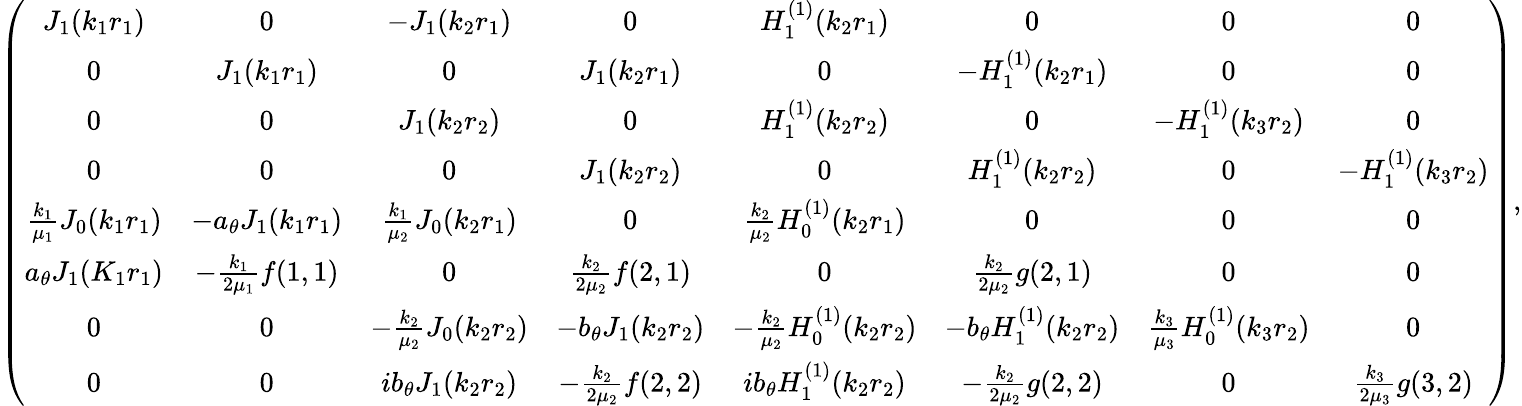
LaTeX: \left(\begin{array}{cccccccc}{J_{1}(k_{1}r_{1})}&{0}&{-J_{1}(k_{2}r_{1})}&{0}&{H_{1}^{(1)}(k_{2}r_{1})}&{0}&{0}&{0}\\ {0}&{J_{1}(k_{1}r_{1})}&{0}&{J_{1}(k_{2}r_{1})}&{0}&{-H_{1}^{(1)}(k_{2}r_{1})}&{0}&{0}\\ {0}&{0}&{J_{1}(k_{2}r_{2})}&{0}&{H_{1}^{(1)}(k_{2}r_{2})}&{0}&{-H_{1}^{(1)}(k_{3}r_{2})}&{0}\\ {0}&{0}&{0}&{J_{1}(k_{2}r_{2})}&{0}&{H_{1}^{(1)}(k_{2}r_{2})}&{0}&{-H_{1}^{(1)}(k_{3}r_{2})}\\ {\frac{k_{1}}{\mu_{1}}J_{0}(k_{1}r_{1})}&{-a_{\theta}J_{1}(k_{1}r_{1})}&{\frac{k_{1}}{\mu_{2}}J_{0}(k_{2}r_{1})}&{0}&{\frac{k_{2}}{\mu_{2}}H_{0}^{(1)}(k_{2}r_{1})}&{0}&{0}&{0}\\ {a_{\theta}J_{1}(K_{1}r_{1})}&{-\frac{k_{1}}{2\mu_{1}}f(1,1)}&{0}&{\frac{k_{2}}{2\mu_{2}}f(2,1)}&{0}&{\frac{k_{2}}{2\mu_{2}}g(2,1)}&{0}&{0}\\ {0}&{0}&{-\frac{k_{2}}{\mu_{2}}J_{0}(k_{2}r_{2})}&{-b_{\theta}J_{1}(k_{2}r_{2})}&{-\frac{k_{2}}{\mu_{2}}H_{0}^{(1)}(k_{2}r_{2})}&{-b_{\theta}H_{1}^{(1)}(k_{2}r_{2})}&{\frac{k_{3}}{\mu_{3}}H_{0}^{(1)}(k_{3}r_{2})}&{0}\\ {0}&{0}&{ib_{\theta}J_{1}(k_{2}r_{2})}&{-\frac{k_{2}}{2\mu_{2}}f(2,2)}&{ib_{\theta}H_{1}^{(1)}(k_{2}r_{2})}&{-\frac{k_{2}}{2\mu_{2}}g(2,2)}&{0}&{\frac{k_{3}}{2\mu_{3}}g(3,2)}\end{array}\right),